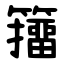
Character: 籒